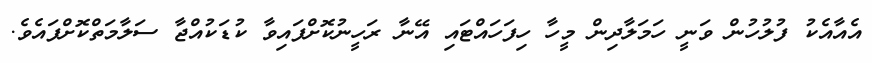
އެއާއެކު ފުލުހުން ވަނީ ހަމަލާދިން މީހާ ހިފަހައްޓައި އޭނާ ރަހީނުކޮށްފައިވާ ކުޑަކުއްޖާ ސަލާމަތްކޮށްފައެވެ.